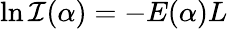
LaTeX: \ln{\cal I}(\alpha)=-E(\alpha)L